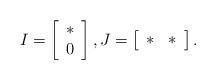
LaTeX: \begin{align*}I =\left[\begin{array}{c}\ast\\0\end{array}\right],J= \left[\begin{array}{cc}\ast & \ast\end{array}\right].\end{align*}